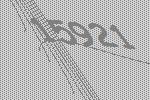
15921